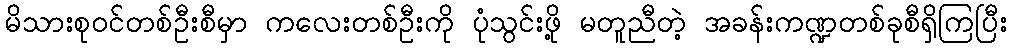
မိသားစုဝင်တစ်ဦးစီမှာ ကလေးတစ်ဦးကို ပုံသွင်းဖို့ မတူညီတဲ့ အခန်းကဏ္ဍတစ်ခုစီရှိကြပြီး